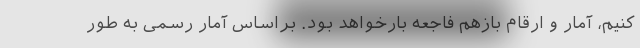
کنیم، آمار و ارقام بازهم فاجعه بارخواهد بود. براساس آمار رسمی به طور